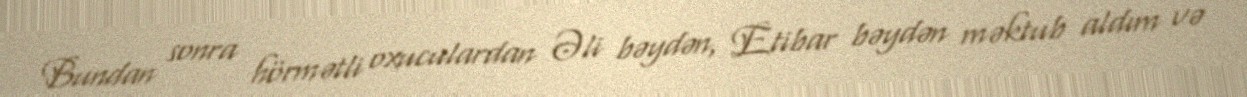
Bundan sonra hörmətli oxuculardan Əli bəydən, Etibar bəydən məktub aldım və